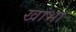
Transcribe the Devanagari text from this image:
खांभा